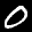
Label: 0